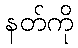
နတ်ကို